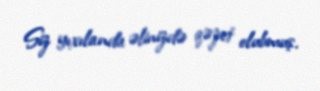
Siz yıxılanda əlinizdə qəzet olubmuş.